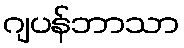
ဂျပန်ဘာသာ